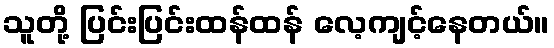
သူတို့ ပြင်းပြင်းထန်ထန် လေ့ကျင့်နေတယ်။